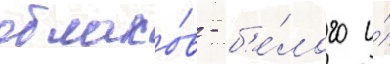
облако́в - б'е́лого и́